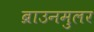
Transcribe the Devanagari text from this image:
ब्राउनमुलर